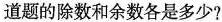
道题的除数和余数各是多少?